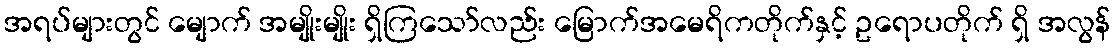
အရပ်များတွင် မျောက် အမျိုးမျိုး ရှိကြသော်လည်း မြောက်အမေရိကတိုက်နှင့် ဥရောပတိုက် ရှိ အလွန်